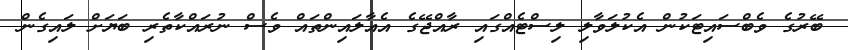
ބޭރުގެ ވެބްސައިޓަކުން އެކުލަވާލި ލިސްޓެއްގައި ރާއްޖޭގެ އެއާލައިންތައް ވެސް ނުރައްކާތެރި ބަޔަށް ލައިގެން